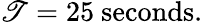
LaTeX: \mathscr{T}=25\ \mathrm{{seconds}}.